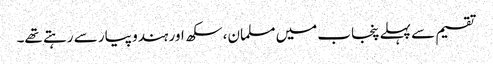
تقسیم سے پہلے پنجاب میں مسلمان، سکھ اور ہندو پیار سے رہتے تھے۔